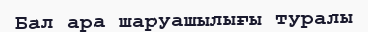
Бал ара шаруашылығы туралы